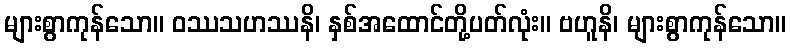
များစွာကုန်သော။ ဝဿသဟဿနိ၊ နှစ်အထောင်တို့ပတ်လုံး။ ဗဟူနိ၊ များစွာကုန်သော။